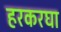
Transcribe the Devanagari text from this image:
हरकरघा